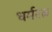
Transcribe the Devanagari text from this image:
धर्मरत्न